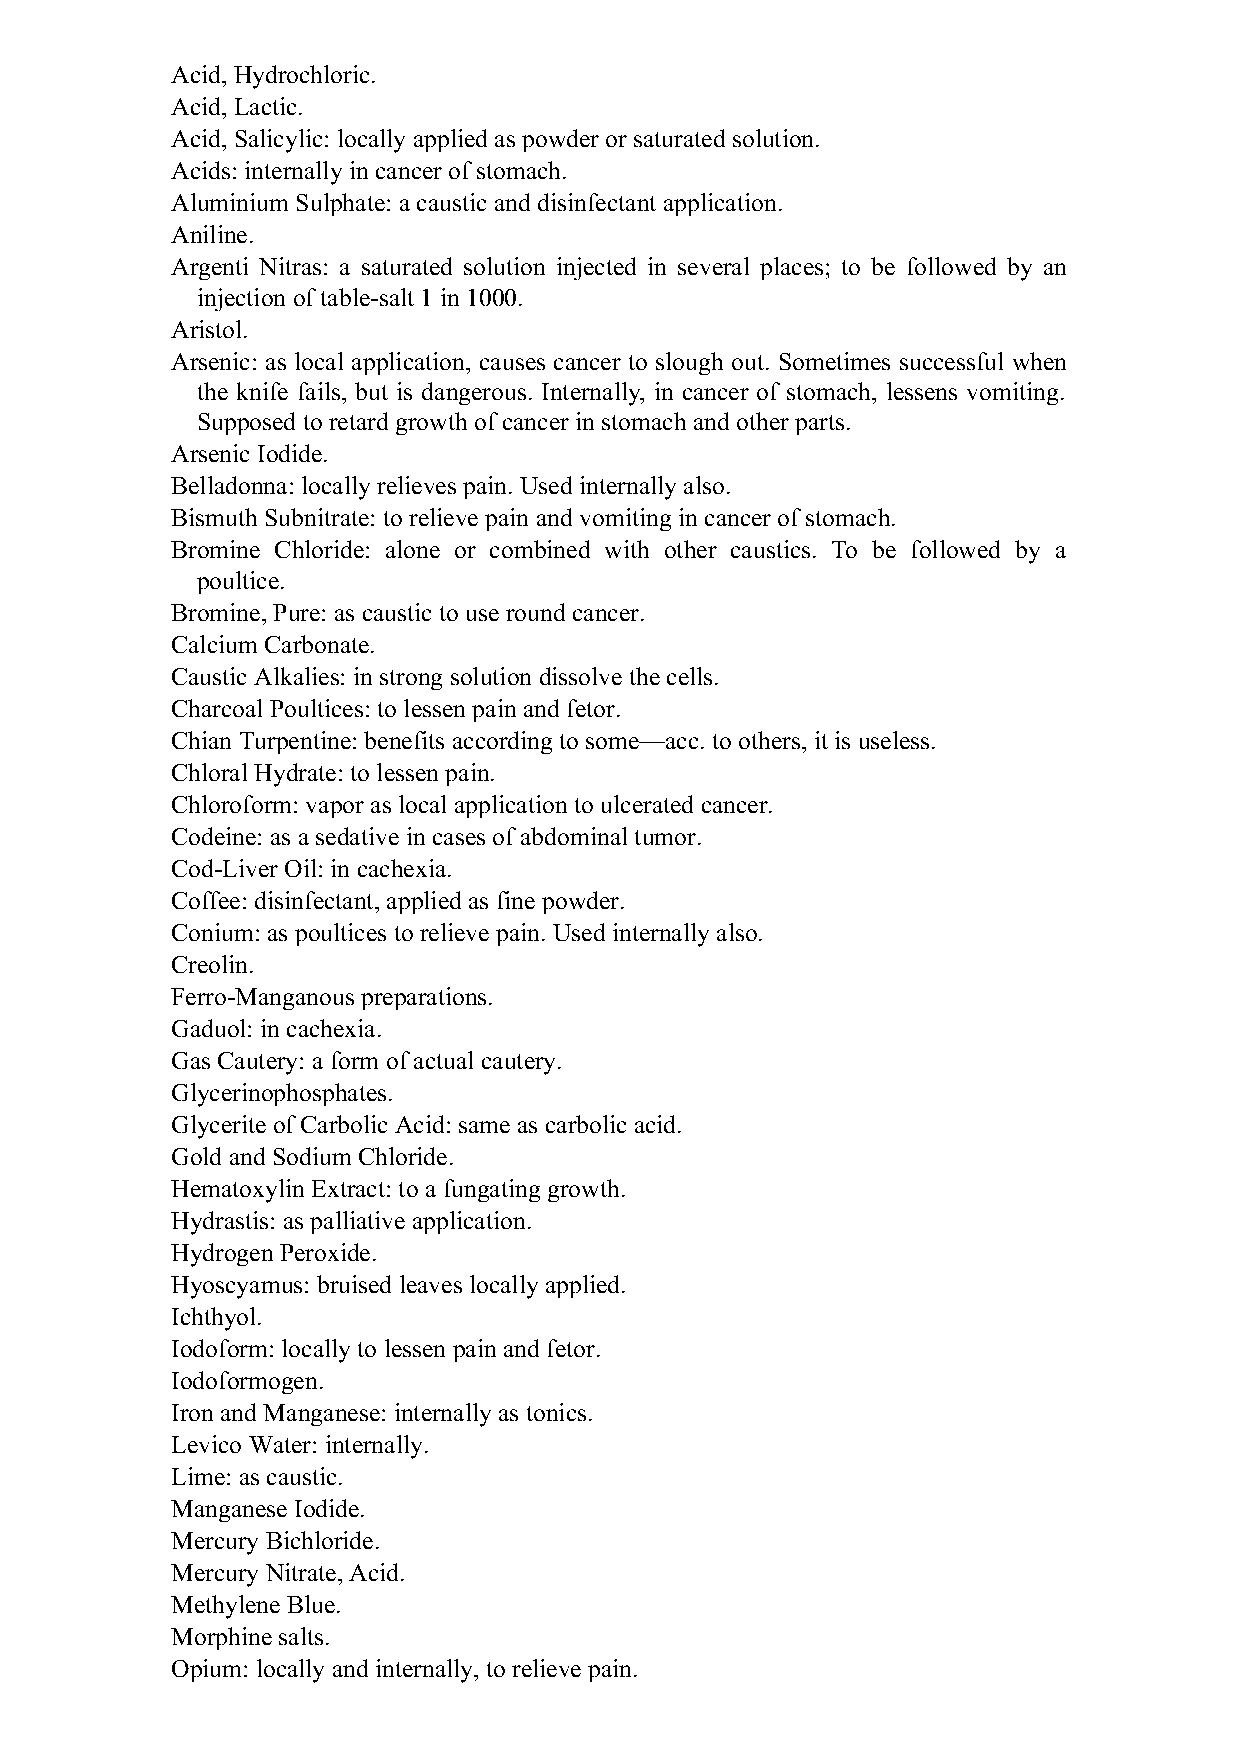
Acid, Hydrochloric.
 Acid, Lactic.
 Acid, Salicylic: locally applied as powder or saturated solution.
 Acids: internally in cancer of stomach.
 Aluminium Sulphate: a caustic and disinfectant application.
 Aniline.
 Argenti Nitras: a saturated solution injected in several places; to be followed by an
 injection of table-salt 1 in 1000.
 Aristol.
 Arsenic: as local application, causes cancer to slough out. Sometimes successful when
 the knife fails, but is dangerous. Internally, in cancer of stomach, lessens vomiting.
 Supposed to retard growth of cancer in stomach and other parts.
 Arsenic Iodide.
 Belladonna: locally relieves pain. Used internally also.
 Bismuth Subnitrate: to relieve pain and vomiting in cancer of stomach.
 Bromine Chloride: alone or combined with other caustics. To be followed by a
 poultice.
 Bromine, Pure: as caustic to use round cancer.
 Calcium Carbonate.
 Caustic Alkalies: in strong solution dissolve the cells.
 Charcoal Poultices: to lessen pain and fetor.
 Chian Turpentine: benefits according to some—acc. to others, it is useless.
 Chloral Hydrate: to lessen pain.
 Chloroform: vapor as local application to ulcerated cancer.
 Codeine: as a sedative in cases of abdominal tumor.
 Cod-Liver Oil: in cachexia.
 Coffee: disinfectant, applied as fine powder.
 Conium: as poultices to relieve pain. Used internally also.
 Creolin.
 Ferro-Manganous preparations.
 Gaduol: in cachexia.
 Gas Cautery: a form of actual cautery.
 Glycerinophosphates.
 Glycerite of Carbolic Acid: same as carbolic acid.
 Gold and Sodium Chloride.
 Hematoxylin Extract: to a fungating growth.
 Hydrastis: as palliative application.
 Hydrogen Peroxide.
 Hyoscyamus: bruised leaves locally applied.
 Ichthyol.
 Iodoform: locally to lessen pain and fetor.
 Iodoformogen.
 Iron and Manganese: internally as tonics.
 Levico Water: internally.
 Lime: as caustic.
 Manganese Iodide.
 Mercury Bichloride.
 Mercury Nitrate, Acid.
 Methylene Blue.
 Morphine salts.
 Opium: locally and internally, to relieve pain.